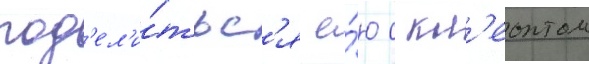
под'ел'и́тьс'я е́ю с кл'еонтом